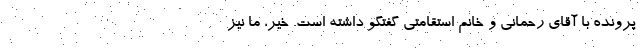
پرونده با آقای رحمانی و خانم استقامتی گفتگو داشته است. خیر، ما نیز